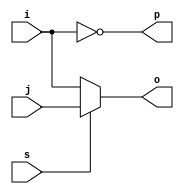
module top(input i, j, s, output o, p);
assign o = s ? j : i;
assign p = ~i;
endmodule